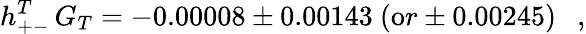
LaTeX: h_{+-}^{T}\, G_{T}=-0.00008\pm 0.00143\ ({\mathrm or}\pm 0.00245)\ \ \ ,